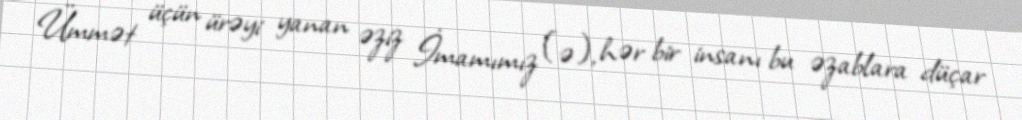
Ümmət üçün ürəyi yanan əziz İmamımız (ə), hər bir insanı bu əzablara düçar